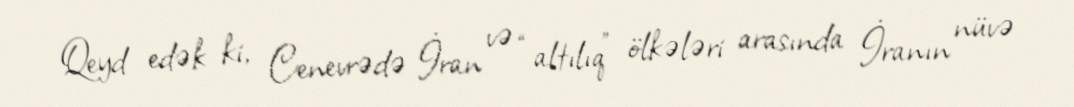
Qeyd edək ki, Cenevrədə İran və “altılıq” ölkələri arasında İranın nüvə